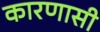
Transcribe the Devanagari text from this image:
कारणासी